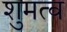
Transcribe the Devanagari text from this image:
शुमत्व